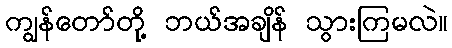
ကျွန်တော်တို့ ဘယ်အချိန် သွားကြမလဲ။